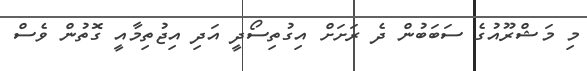
މި މަޝްރޫއުގެ ސަބަބުން ދެ ރަށަށް އިގުތިސޯދީ އަދި އިޖުތިމާއީ ގޮތުން ވެސް